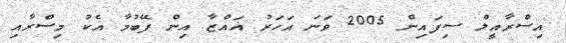
އިސްރާއީލް ސިފައިން 2005 ވަނަ އަހަރު ޣައްޒާ އިން ފޭބުމާ އެކު މިސްރާއި